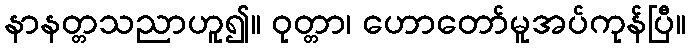
နာနတ္တသညာဟူ၍။ ဝုတ္တာ၊ ဟောတော်မူအပ်ကုန်ပြီ။